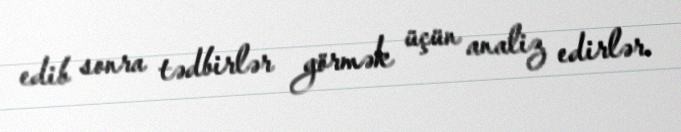
edib sonra tədbirlər görmək üçün analiz edirlər.